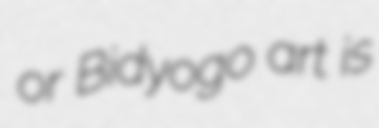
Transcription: or Bidyogo art is